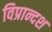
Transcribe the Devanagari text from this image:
विप्रान्दश